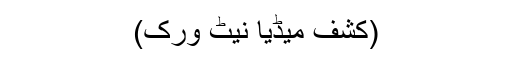
(کشف میڈیا نیٹ ورک)